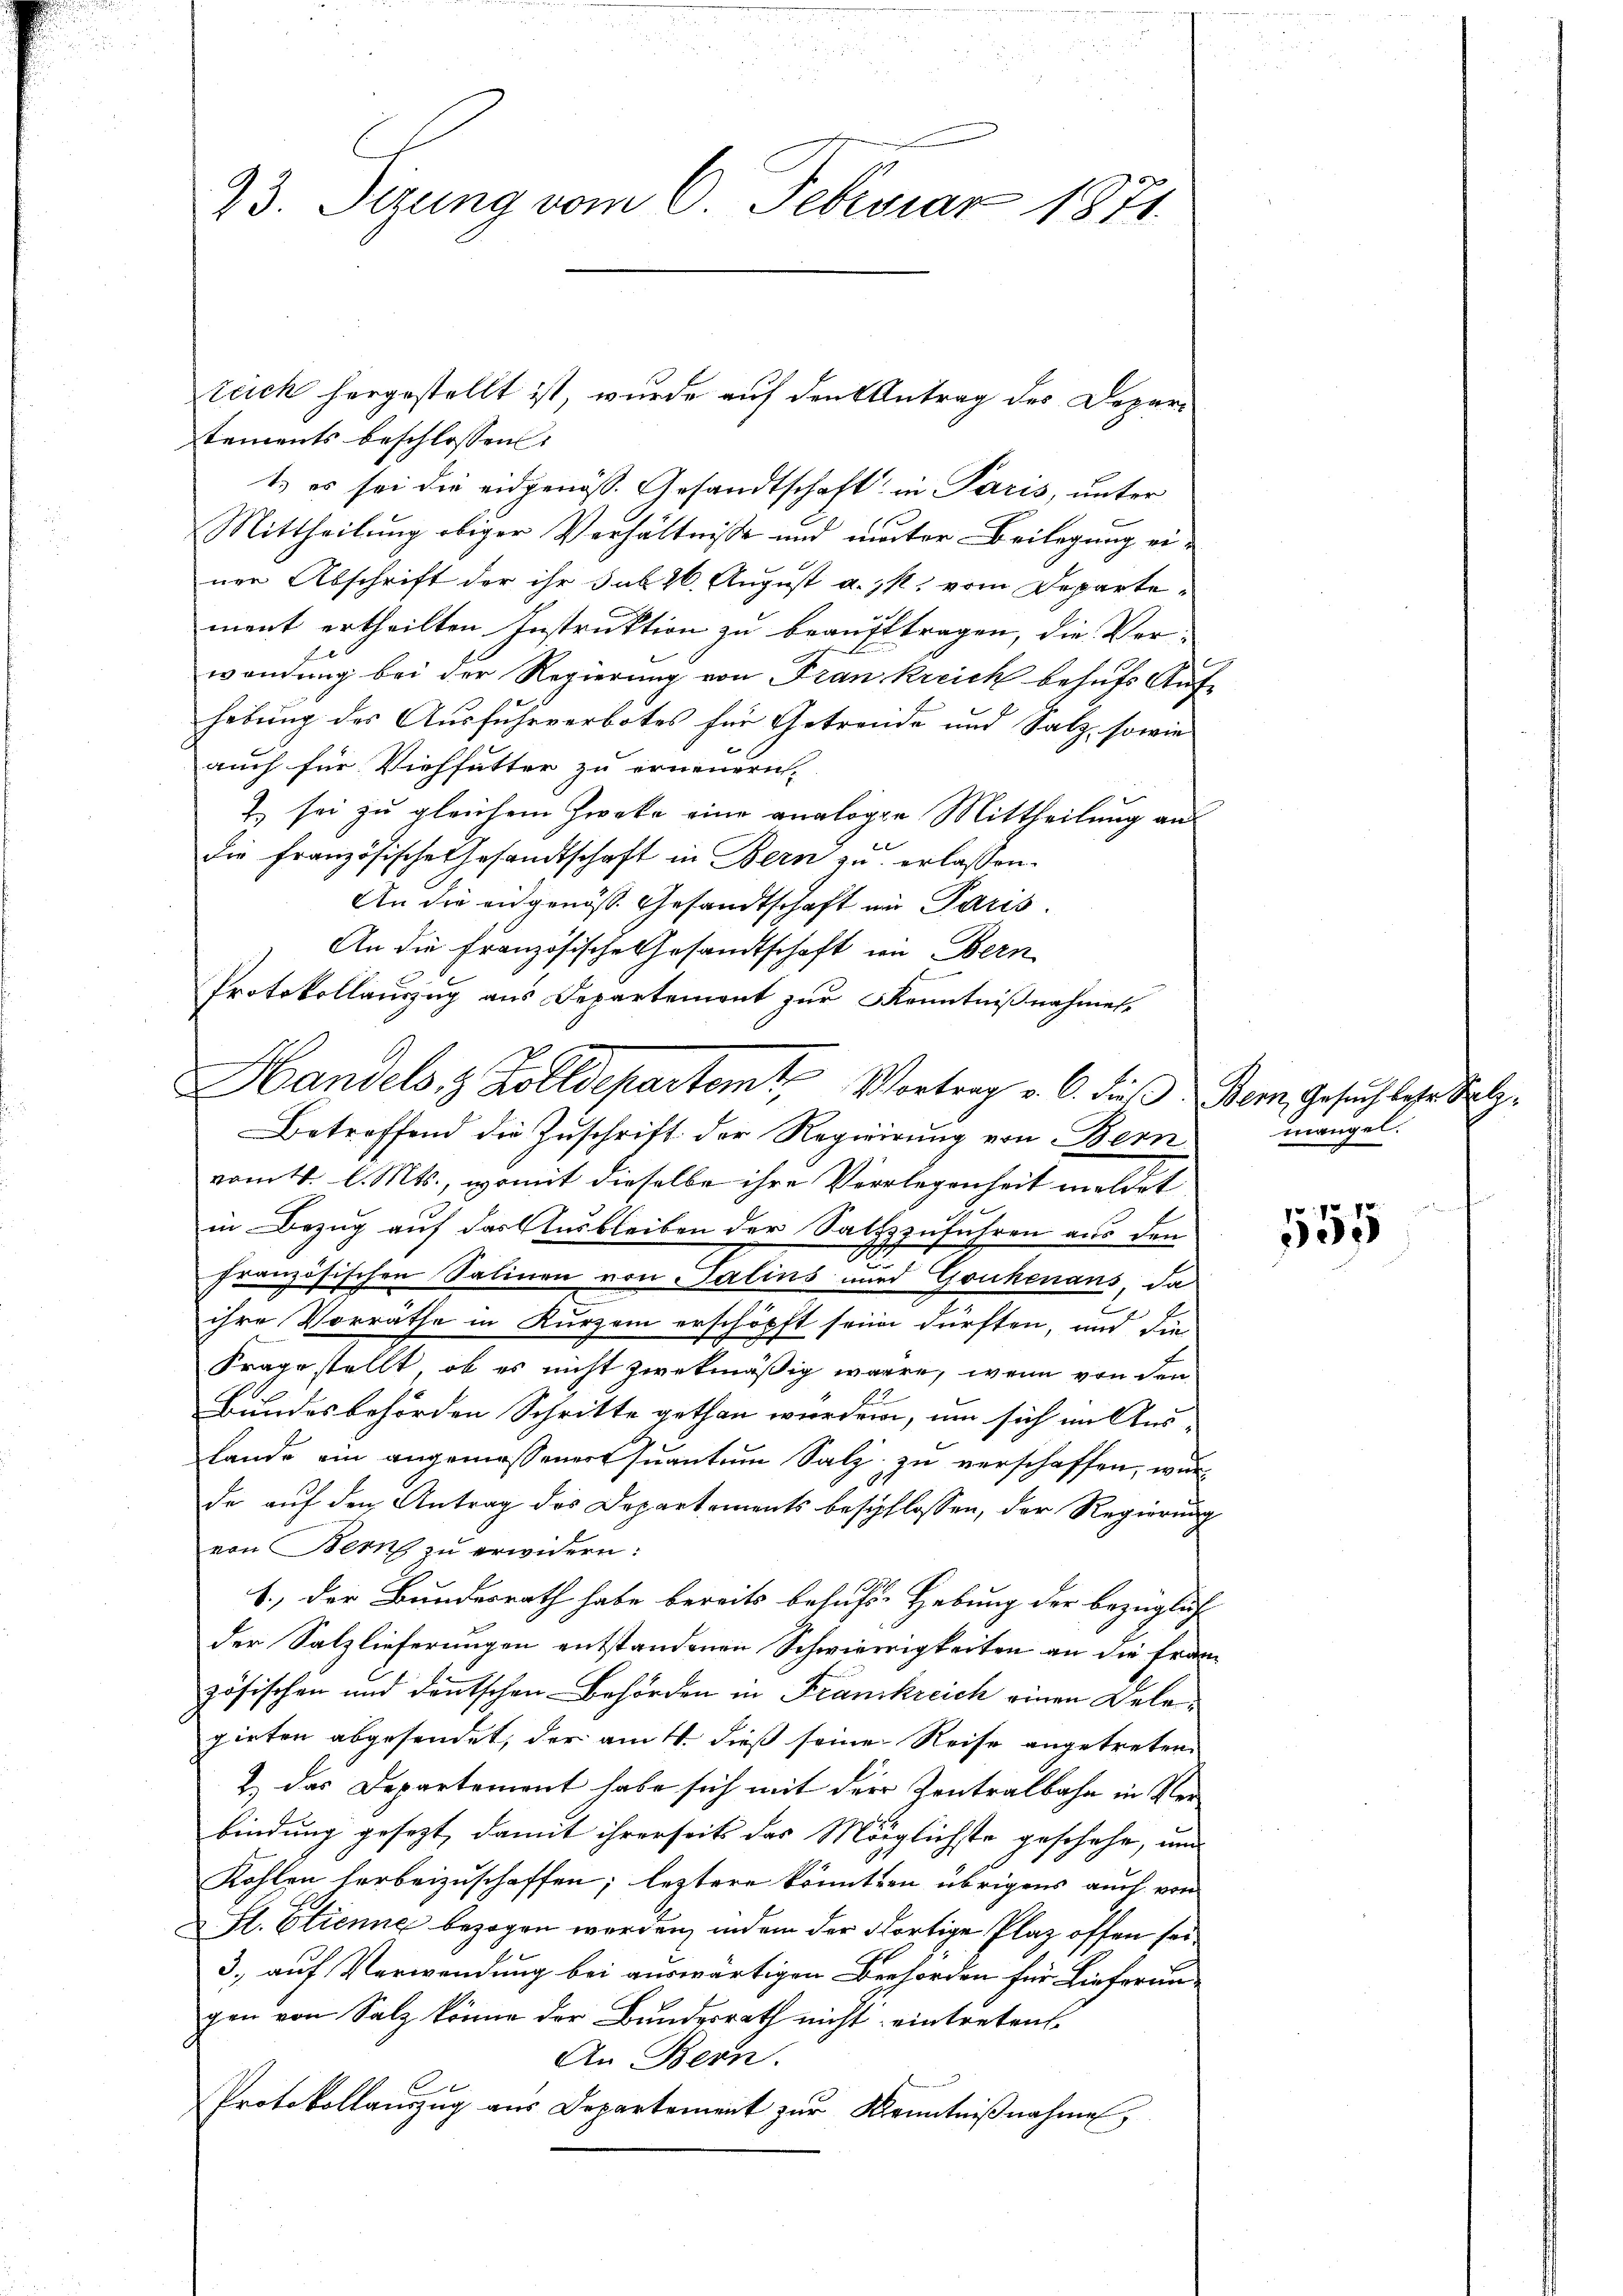
23. Sizung vom 6. Februar 1871.

tements beschlossen:
t es sei die eidgenöss. Gesandtschaft in Paris, unter
Mittheilung obiger Verhältnisse und mater Beilegung einer Abschrift der ihr sub 26. August a. p. vom Departemant ertheilten Instruktion zu beauftragen, die Ver-
wendung bei der Regierung von Frankreich behufs Auf-
hebung des Ausfuhrverbotes für Getreude und Salz, sowie
auch für Viehfutter zu erneuern.
2 sei zu gleichem Zwecke eine analogen Mittheilung an
die Französische Gesandtschaft in Bern zu erlassen.
An die angenös. Gesandtschaft in Paris.
Betreffend die Zuschrift der Regierung von Bern
vom 4. d. Mts., womit dieselbe ihre Verlegenheit meldet
in Bezug auf das Ausbleiben der Satzzzuführen aus den
französischen Salinen von Salins und Goukenans, da
ihre Vorräthe in Kurzem erschöpft sein dürften, und die
Frage stellt, ob es nicht zwekmäßig wären, wenn von den
Bundesbehörden Schritte gethan werden, um sich im Aus-
lande ein angemessener Quantum Salz zu verschaffen, wur
de auf den Antrag des Departements beschlossen, der Regierung
von Bern zu erwidern:
b., der Bundesrath habe bereits besuchs-Hebung der bezüglich
der Salzlieferungen entstandenen Schwierigkeiten an die Fran
zösischen und deutschen Behörden in Frankreich einen Delepieten abgesendet, der am 4. dieß seine Reise angetreten
2.) Das Departement habe sich mit der Zentralbahn in Verbindung gesezt, damit ihrerseits das Möglichste geschehe, und
Kohlen herbeizuschaffen; leztere könnten übrigens auch von
St. Etienne bezogen worden, indem der dortige Plaz offen sei
3., auf Verwendung bei auswärtigen Behörden für Lieferun-
gen von Salz könne der Bundesrath nicht eintreten
An Bern.
Protokollauszug aus Departement zur Kenntnißnahmen,

teich hergestellt ist, wurde auf den Antrag des Depar¬

An die französische Gesandtschaft in Bern
Protokollauszug aus Departement zur Kenntnißnahmen.
Handels, 3 Zolldepartem Vortrag v. 6. dieß Bern, Gesuch leser Salz¬

mangel.

555